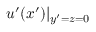
u ^ { \prime } ( x ^ { \prime } ) \rvert _ { y ^ { \prime } = z = 0 }